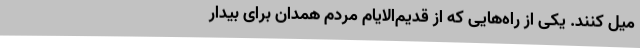
میل کنند. یکی از راه‌هایی که از قدیم‌الایام مردم همدان برای بیدار